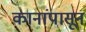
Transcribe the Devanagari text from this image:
कानांपासून